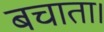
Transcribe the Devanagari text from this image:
बचाता।